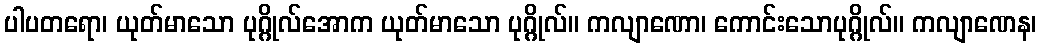
ပါပတရော၊ ယုတ်မာသော ပုဂ္ဂိုလ်အောက ယုတ်မာသော ပုဂ္ဂိုလ်။ ကလျာဏော၊ ကောင်းသောပုဂ္ဂိုလ်။ ကလျာဏေန၊